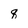
Character: q